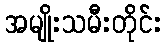
အမျိုးသမီးတိုင်း